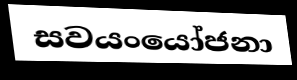
සවයංයෝජනා